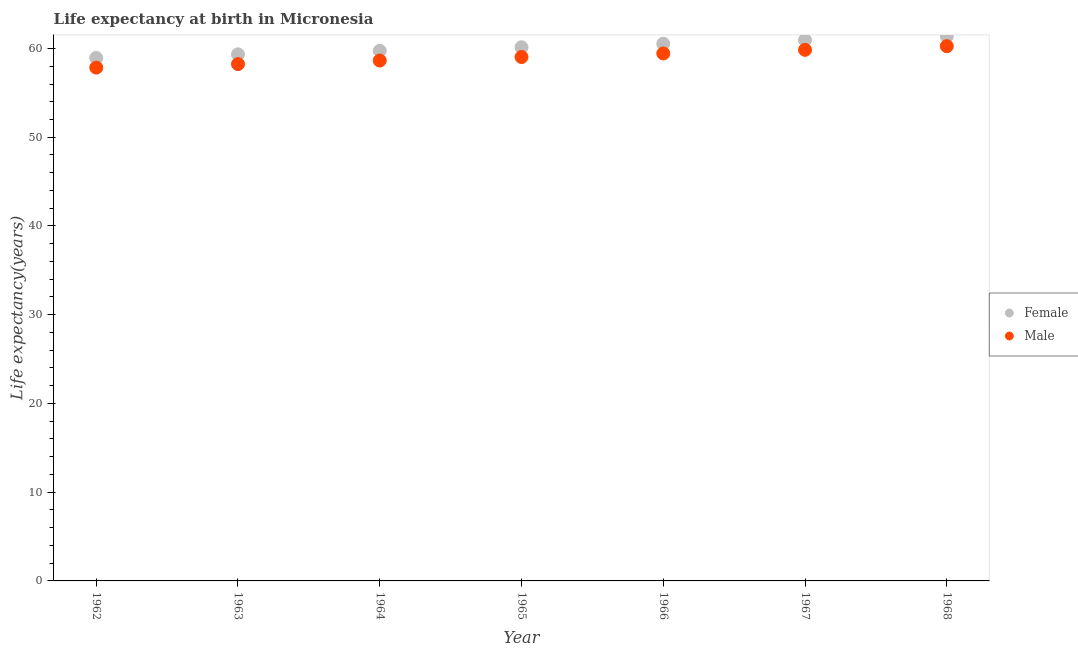
| Year | Female | Male |
 | --- | --- | --- |
 | 1962 | 58.9 | 57.8 |
 | 1963 | 59.3 | 58.2 |
 | 1964 | 59.7 | 58.6 |
 | 1965 | 60.1 | 59 |
 | 1966 | 60.5 | 59.4 |
 | 1967 | 61 | 59.9 |
 | 1968 | 61.4 | 60.3 |